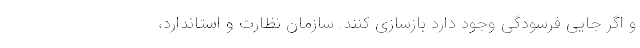
و اگر جایی فرسودگی وجود دارد بازسازی کنند. سازمان نظارت و استاندارد،